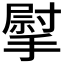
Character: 𢲴